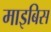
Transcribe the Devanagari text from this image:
माइबिस